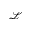
\mathcal { L }